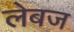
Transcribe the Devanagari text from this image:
लेबज